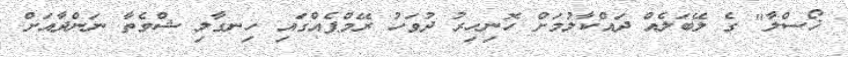
ޚޯސްލާ" ގެ ލޭބަލެއް ދައްކާލުމަށް ހޮނިހިރު ދުވަހު ރޭމްޕެއްގައި ހިނގާލި ޝްވެތާ ނަންދާއަށް